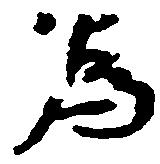
為